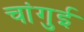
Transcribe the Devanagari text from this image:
चांगुई